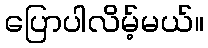
ပြောပါလိမ့်မယ်။